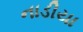
નાડીયા